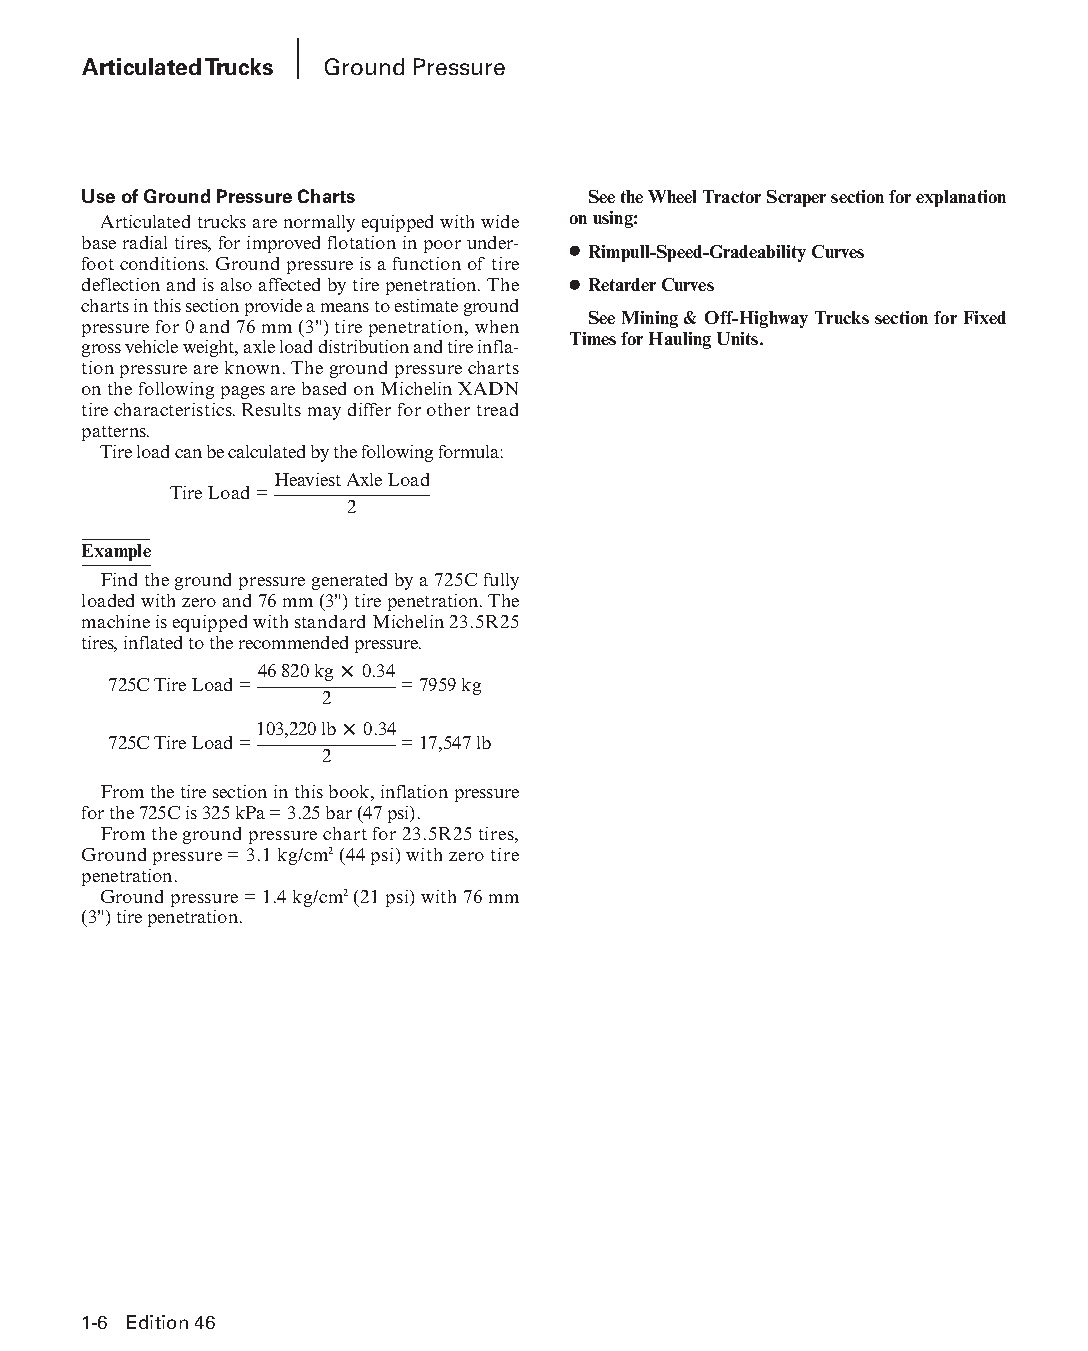
Articulated Trucks Ground Pressure
 Use of Ground Pressure Charts    See the Wheel Tractor Scraper section for explanation
 Articulated trucks are normally equipped with wide on using:
 base radial tires, for improved flotation in poor under-
 ● Rimpull-Speed-Gradeability Curves
 foot conditions. Ground pressure is a function of tire
 deflection and is also affected by tire penetration. The ● Retarder Curves
 charts in this section provide a means to estimate ground
 See Mining & Off-Highway Trucks section for Fixed
 pressure for 0 and 76 mm (3") tire penetration, when
 Times for Hauling Units.
 gross vehicle weight, axle load distribution and tire infla-
 tion pressure are known. The ground pressure charts
 on the following pages are based on Michelin XADN
 tire characteristics. Results may differ for other tread
 patterns.
 Tire load can be calculated by the following formula:
 Heaviest Axle Load
 Tire Load=
 2
 Example
 Find the ground pressure generated by a 725C fully
 loaded with zero and 76 mm (3") tire penetration. The
 machine is equipped with standard Michelin 23.5R25
 tires, inflated to the recommended pressure.
 46 820 kg × 0.34
 725C Tire Load=    =7959 kg
 2
 103,220 lb × 0.34
 725C Tire Load=    =17,547 lb
 2
 From the tire section in this book, inflation pressure
 for the 725C is 325 kPa = 3.25 bar (47 psi).
 From the ground pressure chart for 23.5R25 tires,
 Ground pressure = 3.1 kg/cm2 (44 psi) with zero tire
 penetration.
 Ground pressure = 1.4 kg/cm2 (21 psi) with 76 mm
 (3") tire penetration.
 11--66 EEddiittiioonn 4466
 PPHHBB--SSeecc0011--1166..iinndddd 66                          1122//44//1155 1100::2244 AAMM